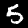
Digit: 5